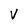
Character: V